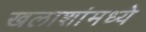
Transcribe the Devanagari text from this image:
खलाशांमध्ये